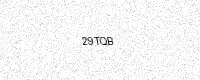
Text: 29TQB